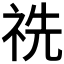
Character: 𥙝